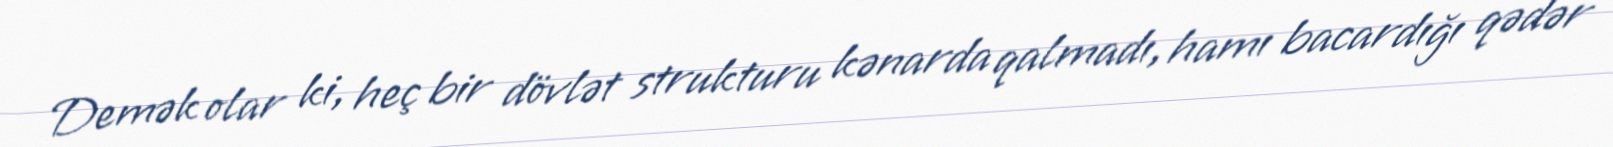
Demək olar ki, heç bir dövlət strukturu kənarda qalmadı, hamı bacardığı qədər